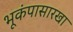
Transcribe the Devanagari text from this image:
भूकंपासारखा